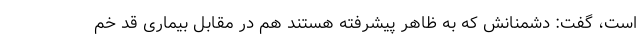
است، گفت: دشمنانش که به ظاهر پیشرفته هستند هم در مقابل بیماری قد خم